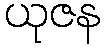
ယုဇန